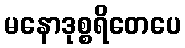
မနောဒုစ္စရိတေပေ